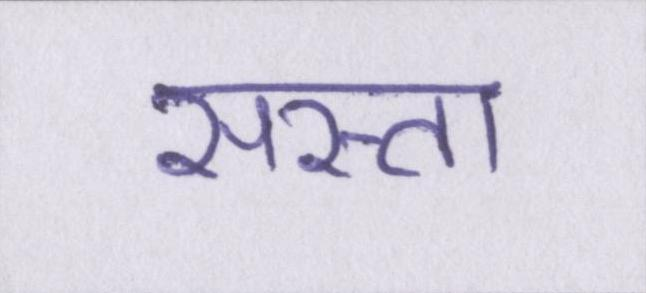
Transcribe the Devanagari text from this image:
सस्ता